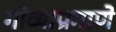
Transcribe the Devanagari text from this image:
गोव्याप्रमाणे